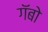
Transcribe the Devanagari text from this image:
गॅबो